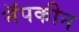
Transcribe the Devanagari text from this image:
नॅपकीन